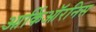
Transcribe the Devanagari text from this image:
आर्किऑरनिस